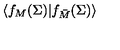
\langle f _ { M } ( \Sigma ) | f _ { \bar { M } } ( \Sigma ) \rangle